Report of the Municipal Commissioner on the plague in Bombay for the year ending 31st May... - Volume 3
Disease focus: Plague
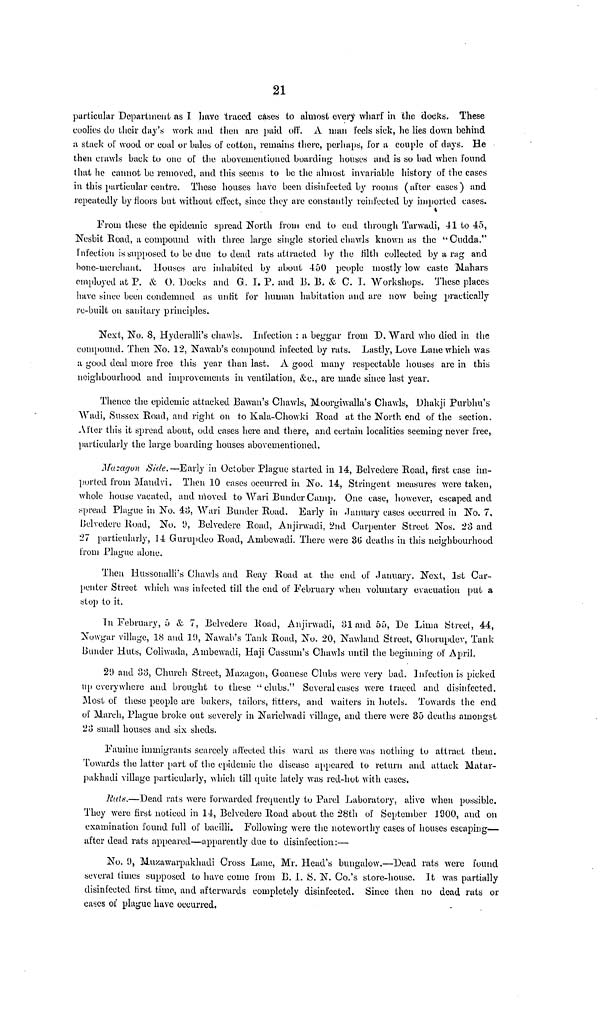
21
particular Department as I have traced cases to almost every wharf in the docks. These
coolies do their day's work and then are paid off. A man feels sick, he lies down behind
a stack of wood or coal or bales of cotton, remains there, perhaps, for a couple of days. He
then crawls back to one of the above-mentioned boarding houses and is so bad when found
that he cannot be removed, and this seems to be the almost invariable history of the cases
in this particular centre. These houses have been disinfected by rooms (after cases) and
repeatedly by floors but without effect, since they are constantly reinfected by imported cases.
From those the epidemic spread North from end to end through Tarwadi, 41 to 45,
Nesbit Road, a compound with three large single storied chawls known as the "Cudda."
infection is supposed tu be due to dead rats attracted by the filth collected by a rag and
bone-merchant. Houses are inhabited by about 450 people mostly low caste Mahars
employed at P. & O. Docks and G. J. P. and 13. 13. & C. 1. Workshops. These places»
have ¡since been condemned as unfit for human habitation and are now being practically
re-built on sanitary principles.
Next, No. 8, Hyderalli's chawls. Infection : a beggar from D. Ward who died in the
compound. Then No. 12, Nawab's compound infected by rats. Lastly, Love Lane which was
a good deal more free this year than last. A good many respectable houses are in this
neighbourhood and improvements in ventilation, &c, are made since last year.
Thence the epidemic attacked Bawan's Chawls, Moorgiwalla's Chawls, Dhakji Purbhu's
Wadi, Sussex Road, and right on to Kala-Chowki Road at the North end of the section.
After this it spread about, odd cases here and there, and certain localities seeming never free,
particularly the large boarding houses abovementioned.
Mazagon Side.— Early in October Plague started in 14, Belvedere Road, first case im-
ported from Mandvi. Then 10 cases occurred in No. 14, Stringent measures were taken,
whole house vacated, and moved to Wari Bunder Camp, One case, however, escaped and
spread Plague in No. 4.3, Wari Bunder Road. Early in January cases occurred in No. 7,
Belvedere Road, No. 9, Belvedere Road, Anjirwadi, 2nd Carpenter Street Nos. 23 and
27 particularly, 14 Gurupdeo Road, Ambewadi. There were 36 deaths in this neighbourhood
from Plague alone.
Then Hussonalli's Chawls and Reay Road at the end of January. Next, 1st Car-
punter Street which was infected till the end of February when voluntary evacuation put a
stop to it.
In February, 5 & 7, Belvedere Road, Anjirwadi, 31 and 55, De Lima Street, 44,
Nowgar village, 18 and 1!), Nawab's Tank Road, No. 20, Nawland Street, Ghorupdev, Tank
Bunder Huts, Coliwada, Ambewadi, Haji Cassum's Chawls until the beginning of April.
29 and 33, Church Street, Mazagon, Goanese Clubs were very bad. Infection is picked
up everywhere and brought to these "clubs." Several cases were traced and disinfected.
Most of these people are bakers, tailors, fitters, and waiters in hotels. Towards the end
of March, Plague broke out severely in Narielwadi village, and there were 35 deaths amongst
23 small houses and six sheds.
Famine immigrants scarcely affected this ward as there was nothing to attract them.
Towards the latter part of the epidemic the disease appeared to return and attack Matar-
pakhadi village particularly, which till quite lately was red-hot with cases.
Rats.—Dead rats were forwarded frequently to Parel Laboratory, alive when possible.
They were first noticed in 14, Belvedere Road about the 28th of September 1900, and on
examination found full of bacilli. Following were the noteworthy cases of houses escaping—
after dead rats appeared—apparently due to disinfection:—•
No. 9, Muzawarpakhadi Cross Lane, Mr. Head's bungalow.—Dead rats were found
several times supposed to have come from B. 1. S. N. Co.'s store-house. It was partially
disinfected hirst time, and afterwards completely disinfected. Since then no dead rats or
cases of plague have occurred.